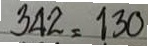
342 = 130